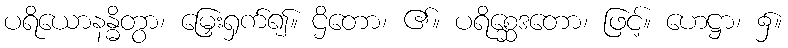
ပရိယောနန္ဓိတွာ၊ မြှေးရှက်၍။ ဌိတော၊ ၏။ ပရိစ္ဆေဒတော၊ ဖြင့်။ ဟေဋ္ဌာ၊ ၌။